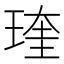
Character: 𤧊